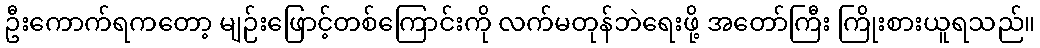
ဦးကောက်ရကတော့ မျဉ်းဖြောင့်တစ်ကြောင်းကို လက်မတုန်ဘဲရေးဖို့ အတော်ကြီး ကြိုးစားယူရသည်။